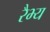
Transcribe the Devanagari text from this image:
रैभ्य